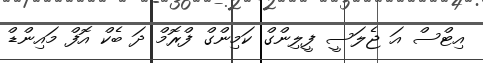
އިޓްސް އަ ޖެލަސީ ފީލިންގް ކަމިންގް ފްރޮމް ދަ ބެކް އޮފް މައިންޑް